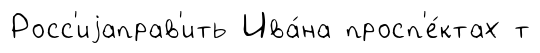
Росс'иjаправ'ить Ива́на просп'е́ктах т